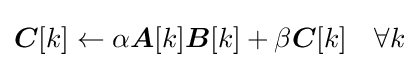
{\boldsymbol {C}}[k]\leftarrow \alpha {\boldsymbol {A}}[k]{\boldsymbol {B}}[k]+\beta {\boldsymbol {C}}[k]\quad \forall k